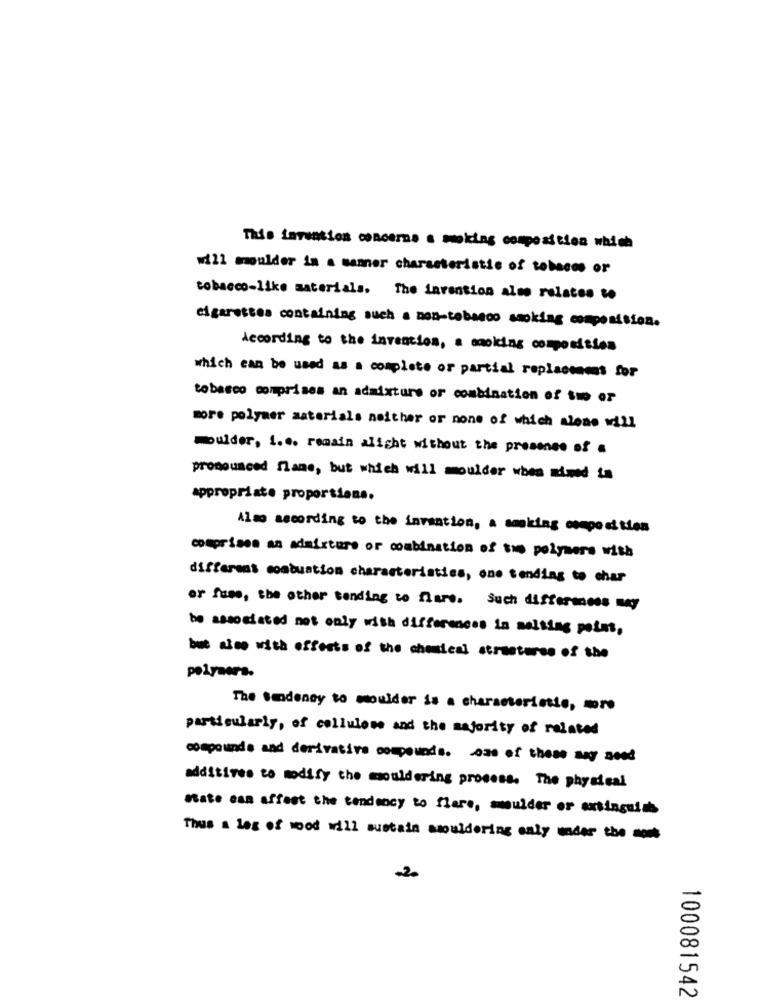
This invention concerne a moking composition which
will moulder in a sanner characteristic of tabacos or
tobacco-like materials. The invention also relates to
cigarettes containing such a non-tobacco smoking composition.
According to the invention, a smoking composition
which can be used as a complete or partial replacement for
tobasco comprises an admixture or combination of suo or
more polymer materials neither or none of which alene will
moulder, 1.e. remain alight without the presence of a
pronounced flame, but which will moulder when mimed to
appropriate proportions.
Also according to the invention, a smoking composition
comprises as admixture or combination of the polymere with
different combustion characteristics, one tending to char
or fuse, the other tending to flare. Such differens wy
be associated not only wish differences in melting point,
but also with effects of the cheical structures of the
polymers.
The tendency to moulder is a characteristic, more
particularly, of cellulose and the majority of related
compounds and derivative compounds. oss of these may
additives to modify the mouldering process. The physical
mate esa affest the tendency to flare, mulder or extinguish
Thus a les of wood will sustain smouldering only under the -
-2.
100081542